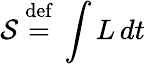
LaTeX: {\mathcal{S}}\ {\stackrel{\mathrm{def}}{=}}\ \int L\, dt